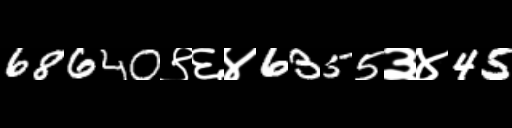
Text: 68640९६४6355३४45